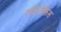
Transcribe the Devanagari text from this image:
एमोनोफिस